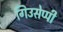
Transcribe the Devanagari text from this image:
गिउसेप्पी